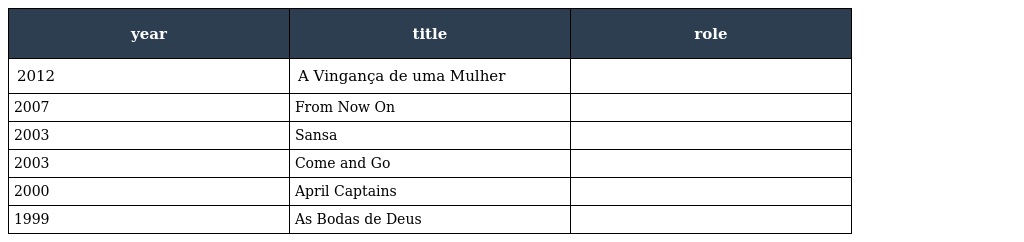
| year | title | role |
 | --- | --- | --- |
 | 2012 | A Vingança de uma Mulher |  |
 | 2007 | From Now On |  |
 | 2003 | Sansa |  |
 | 2003 | Come and Go |  |
 | 2000 | April Captains |  |
 | 1999 | As Bodas de Deus |  |